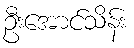
ဦးအောင်သိန်း